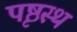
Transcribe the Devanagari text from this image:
पृष्ठस्थ